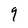
Character: 9